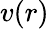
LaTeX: v(r)